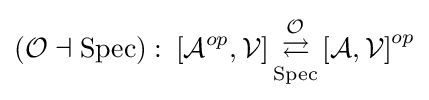
\left({\mathcal {O}}\dashv \mathrm {Spec} \right)\colon \left[{\mathcal {A}}^{op},{\mathcal {V}}\right]{\underset {\mathrm {Spec} }{\overset {\mathcal {O}}{\rightleftarrows }}}\left[{\mathcal {A}},{\mathcal {V}}\right]^{op}